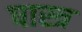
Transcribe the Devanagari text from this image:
षास्त्र